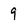
Character: 9